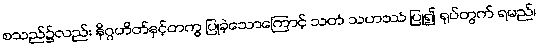
စသည်၌လည်း နိဂ္ဂဟိတ်နှင့်တကွ ပြုခဲ့သောကြောင့် သတံ သဟဿံ ပြု၍ ရုပ်တွက် ရမည်၊